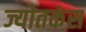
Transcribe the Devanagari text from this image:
ज्योतकंस